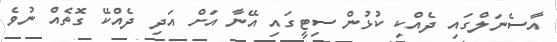
އާސެނަލްގައި ދެއްކި ކުޅުން ސިޓީގައި އޭނާ އަށް އަދި ދެއްކޭ ގޮތެއް ނުވެ